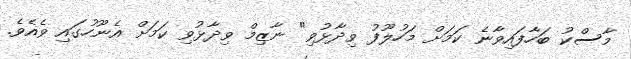
މާސްކު ބަހާފައިވާނެ ކަމަށް މަހުލޫފު ވިދާޅުވި" ނާޒިމް ވިދާޅުވި ކަމަށް އެނޫހުގައި ވެއެވެ.